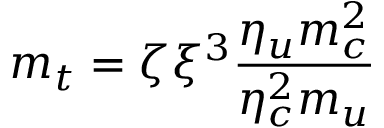
m _ { t } = \zeta \xi ^ { 3 } \frac { \eta _ { u } m _ { c } ^ { 2 } } { \eta _ { c } ^ { 2 } m _ { u } }